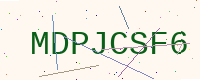
Text: MDPJCSF6